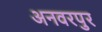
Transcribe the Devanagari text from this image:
अनवरपुर